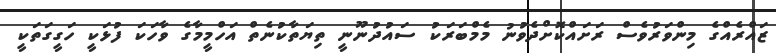
ޒައްރެއްގެ މިންވަރުވެސް ރަށައްކޮށްދެވުނު މެމްބަރަކު ސައުދުނޫނީ ތިޔަތާކުނެތް އަހްމީމާގެ ވާހަކަ ފުޅަކީ ހަގީގަތަކީ